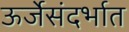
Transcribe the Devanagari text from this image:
ऊर्जेसंदर्भात